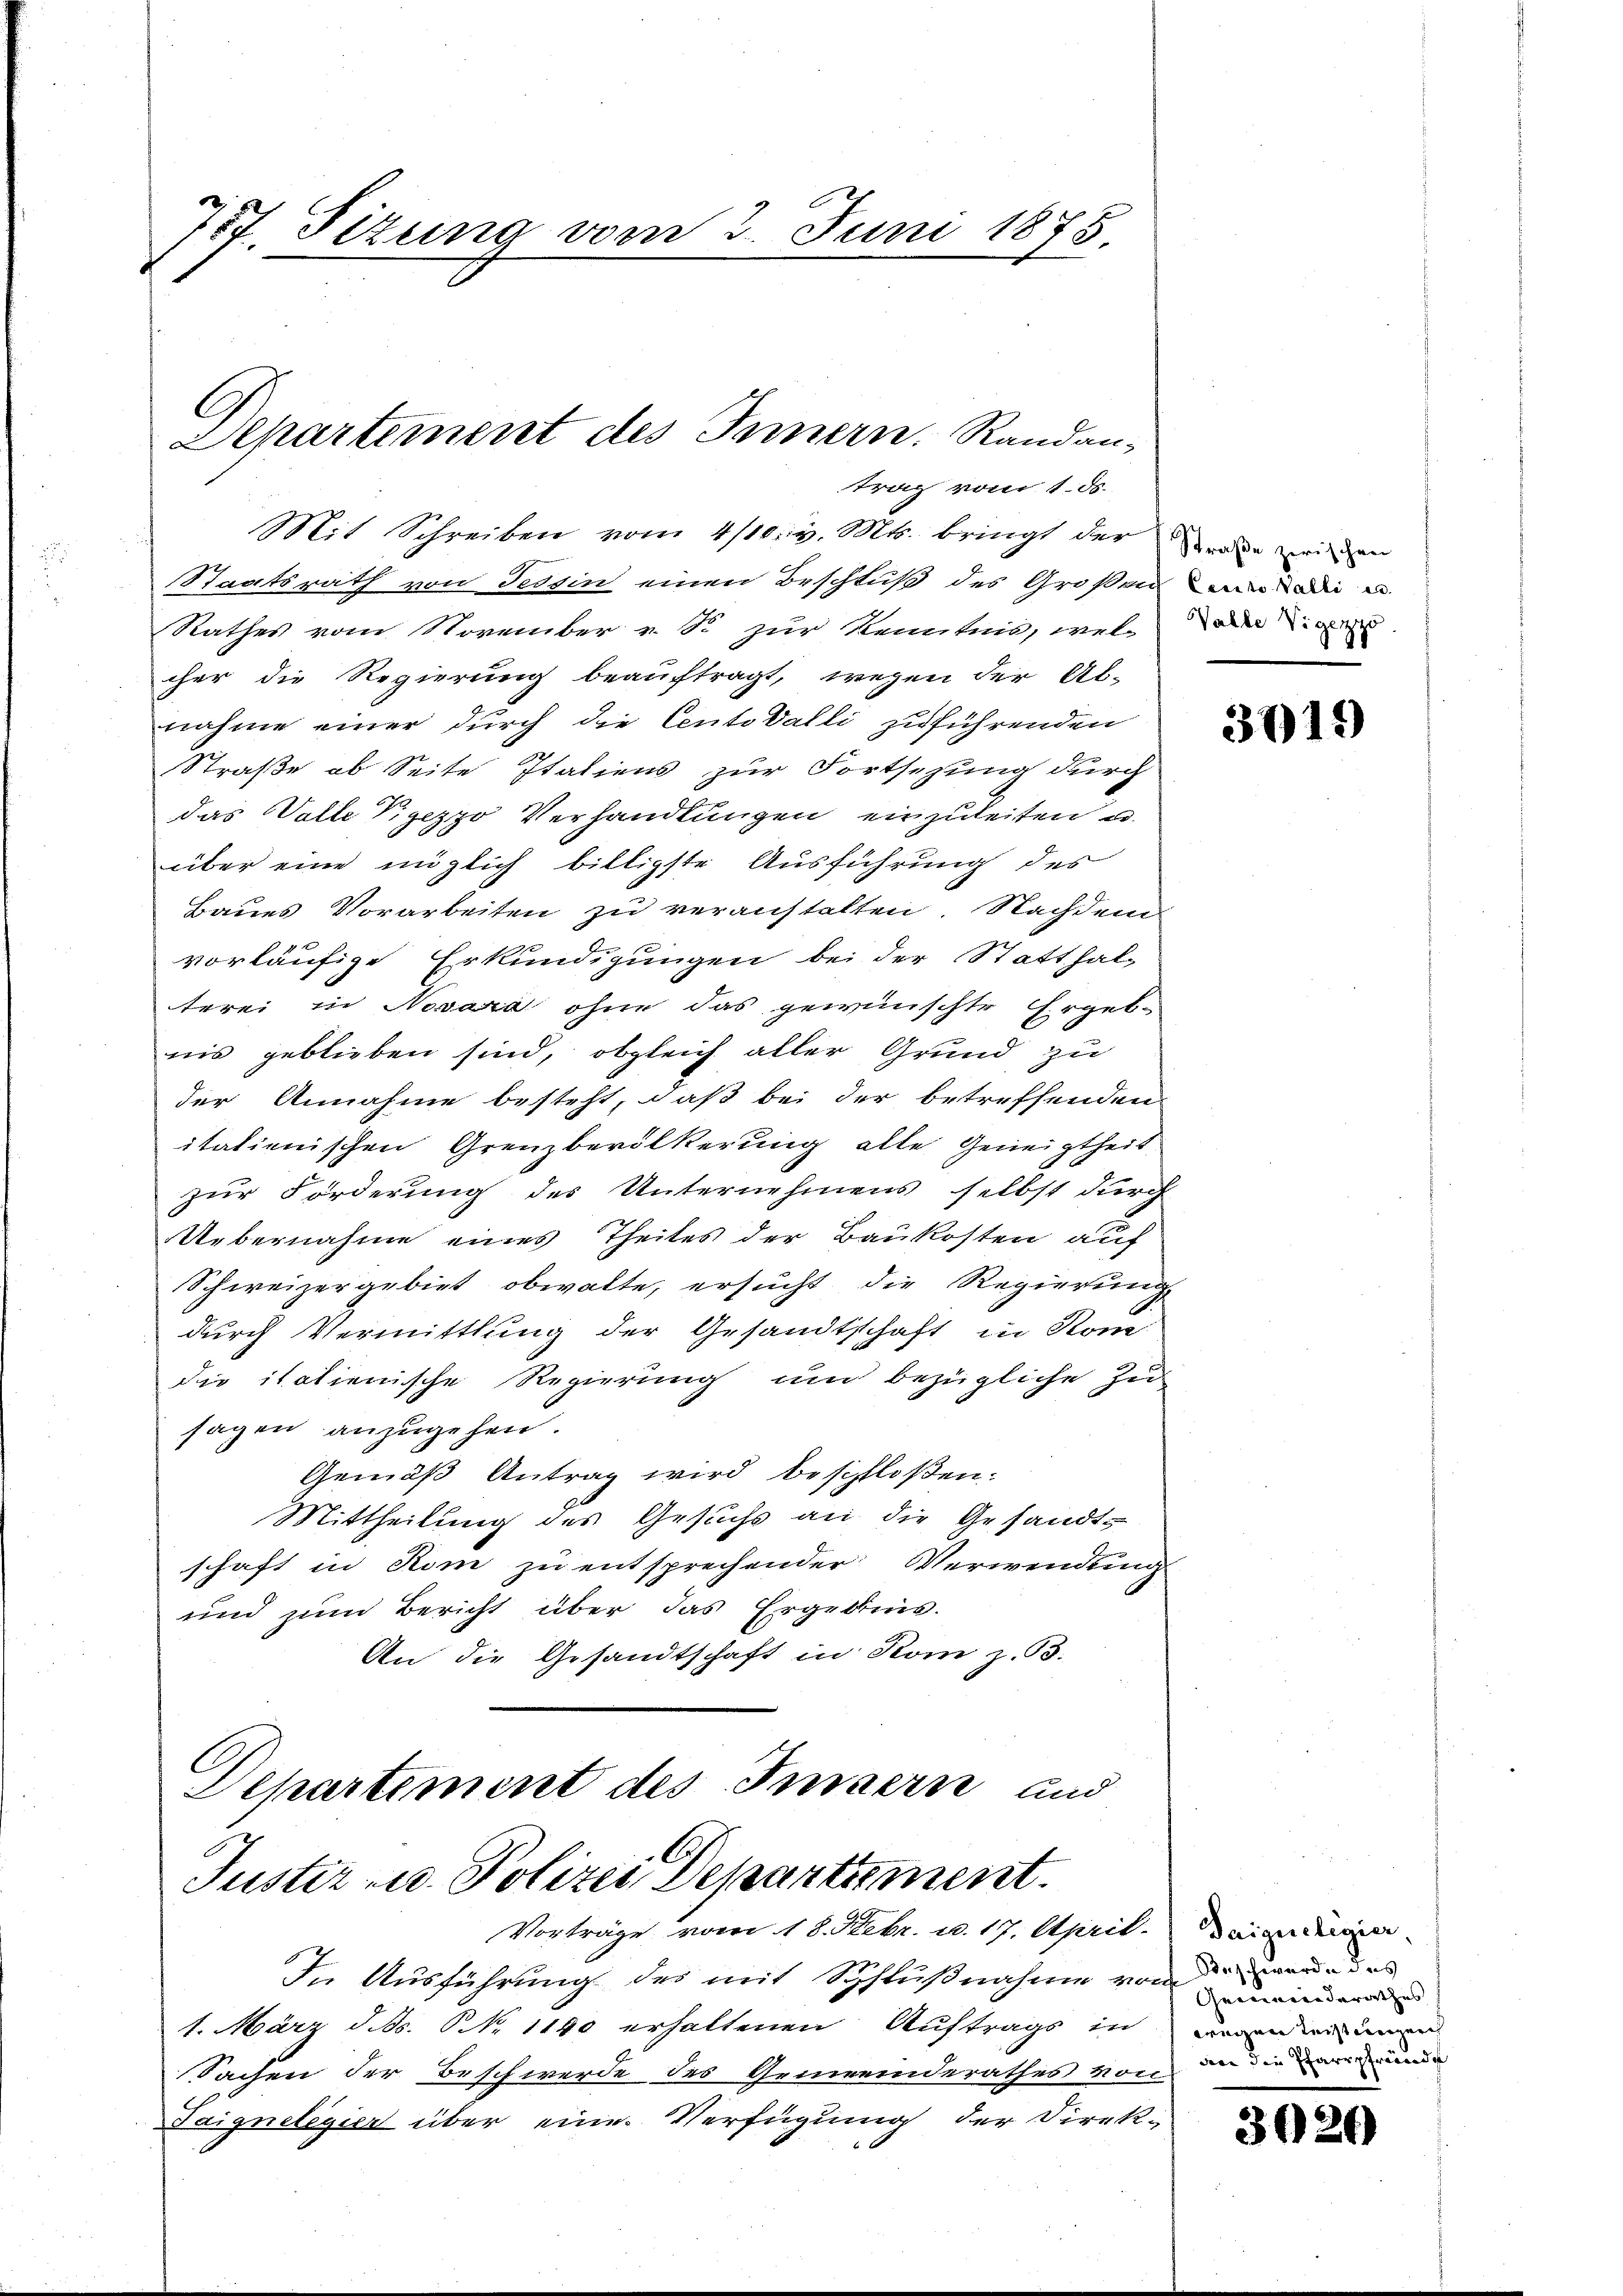
757. Sitzung vom 2. Juni 1848

Departement des Innern. Randan-
trag vom 1. ds.

Mit Schreiben vom 4/10. v. Mts. bringt der anden werden
Staatsrath von Tessin einen Beschluß des Großen Land die
Rathes vom November v. S. zur Kenntnis, wel-
cher die Regierung beauftragt, wegen der Ab-
nahme einer durch die Centodalli zuführenden
Straße ab Seite Italiens zur Fortsezung durch
das Valle Vigezzo Verhandlungen einzuleiten u.
über eine möglich billigste Ausführung des
Baues Vorarbeiten zu veranstalten. Nachdem
vorläufige Erkundigungen bei der Statthal-
terei in Novara ohne das gewünschte Ergebnis geblieben sind, obgleich aller Grund zu
der Annahme besteht, daß bei der betreffenden
itationischen Grenzbevölkerung alle Geneigtheit
zur Forderung des Unternehmens selbst durch
Uebernahme eines Theiles der Baukosten auf
Schweizergebiet obwalte, ersucht die Regierung
durch Vermittlung der Gesandtschaft in Kom
die italienische Regierung und bezügliche Zu-
sagen anzugehen.
Gemäß Antrag wird beschloßen:
Mittheilung des Gesuchs an die Gesandtschaft in Rom zu entsprechender Verwendung
und zum Bericht über das Ergebnis.
An die Gesandtschaft in Rom z. B.
Departement des Insern und
C.
Justiz- u. Polizei Departement.
Vorträge vom 18. Febr. u. 17. April.
In Ausführung des mit Schlußnahme vom Bundes
1. März d. d. P. Nr. 1140 erhaltenen Auftrags in
Sachen der Beschwerde des Gemeinderathes von in die runde
Taignelegier über eine Verfügung der Direk-

Walke Vigezzo

3019)

Saigueligier
Gemeinderathes
wegen Leisteuerzeich

3026)